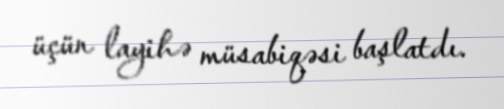
üçün layihə müsabiqəsi başlatdı.